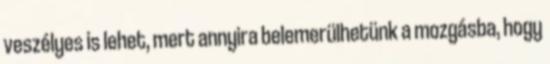
veszélyes is lehet, mert annyira belemerülhetünk a mozgásba, hogy